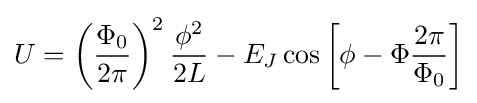
U=\left({\frac {\Phi _{0}}{2\pi }}\right)^{2}{\frac {\phi ^{2}}{2L}}-E_{J}\cos \left[\phi -\Phi {\frac {2\pi }{\Phi _{0}}}\right]